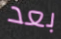
بعد